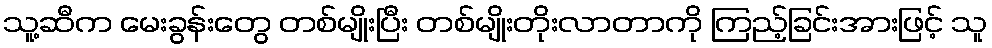
သူ့ဆီက မေးခွန်းတွေ တစ်မျိုးပြီး တစ်မျိုးတိုးလာတာကို ကြည့်ခြင်းအားဖြင့် သူ